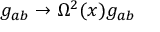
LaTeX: g _ { a b } \rightarrow \Omega ^ { 2 } ( x ) g _ { a b }